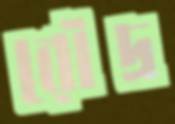
রৌদ্র